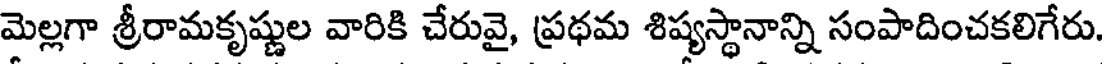
మెల్లగా శ్రీరామకృష్ణుల వారికి చేరువై, ప్రథమ శిష్యస్థానాన్ని సంపాదించకలిగేరు